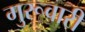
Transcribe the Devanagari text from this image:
गुरूवारी